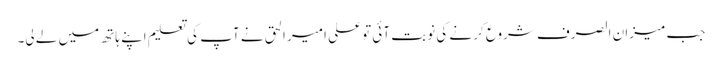
جب میزان الصرف شروع کر نے کی نوبت آئی تو علی امیر الحق نے آپ کی تعلیم اپنے ہاتھ میں لے لی۔